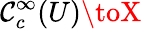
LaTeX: \mathcal{C}_{c}^{\infty}(U)\toX